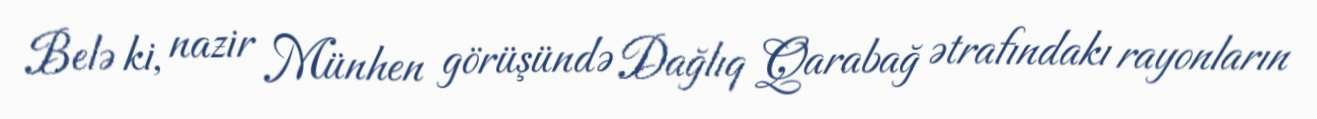
Belə ki, nazir Münhen görüşündə Dağlıq Qarabağ ətrafındakı rayonların